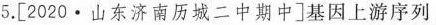
5.[2020·山东济南历城二中期中]基因上游序列